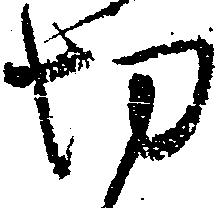
切